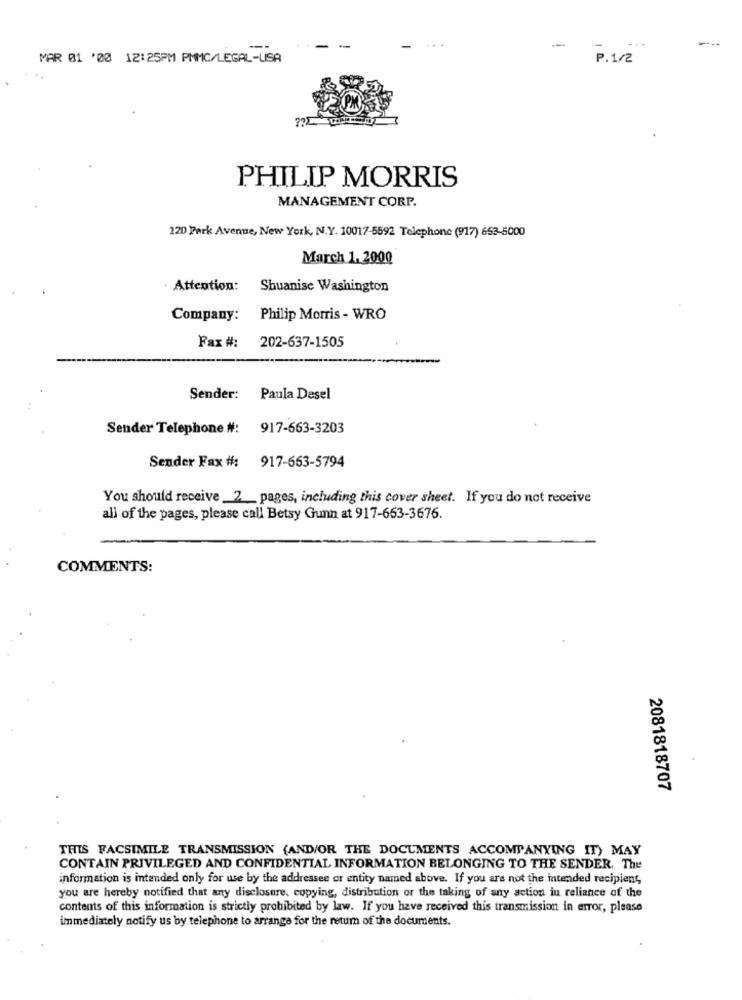
...
-
-
-
MAR 01 '00 12:25PM PMMC/LEGAL-USA
P. 1/2
PHILIP MORRIS
MANAGEMENT CORP.
120 Park Avenue, New York, N.Y. 10017-5592 Telephone (917) 653-5000
March 1.2000
· Attention:
Shuanise Washington
Company:
Philip Morris - WRO
Fax #:
202-637-1505
Sender: Paula Desel
Sender Telephone #: 917-663-3203
Sender Fax #: 917-663-5794
You should receive _2_pages, including this cover sheet. If you do not receive
all of the pages, please call Betsy Gunn at 917-653-3676.
COMMENTS:
2081818707
THIS FACSIMILE TRANSMISSION (AND/OR THE DOCUMENTS ACCOMPANYING IT) MAY
CONTAIN PRIVILEGED AND CONFIDENTIAL INFORMATION BELONGING TO THE SENDER. The
information is intended only for use by the addressee or entity named above. If you are not the intended recipient,
you are hereby notified that any disclosure, copying, distribution or the taking of any action in reliance of the
contents of this information is strictly prohibited by law. If you have received this transmission in error, please
immediately notify us by telephone to arrange for the retum of the documents.